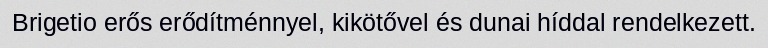
Brigetio erős erődítménnyel, kikötővel és dunai híddal rendelkezett.